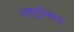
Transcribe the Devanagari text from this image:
राष्ट्रनिष्ठ